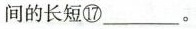
间的长短⑰___。